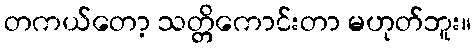
တကယ်တော့ သတ္တိကောင်းတာ မဟုတ်ဘူး။